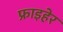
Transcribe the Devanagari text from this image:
फ्राइहेर